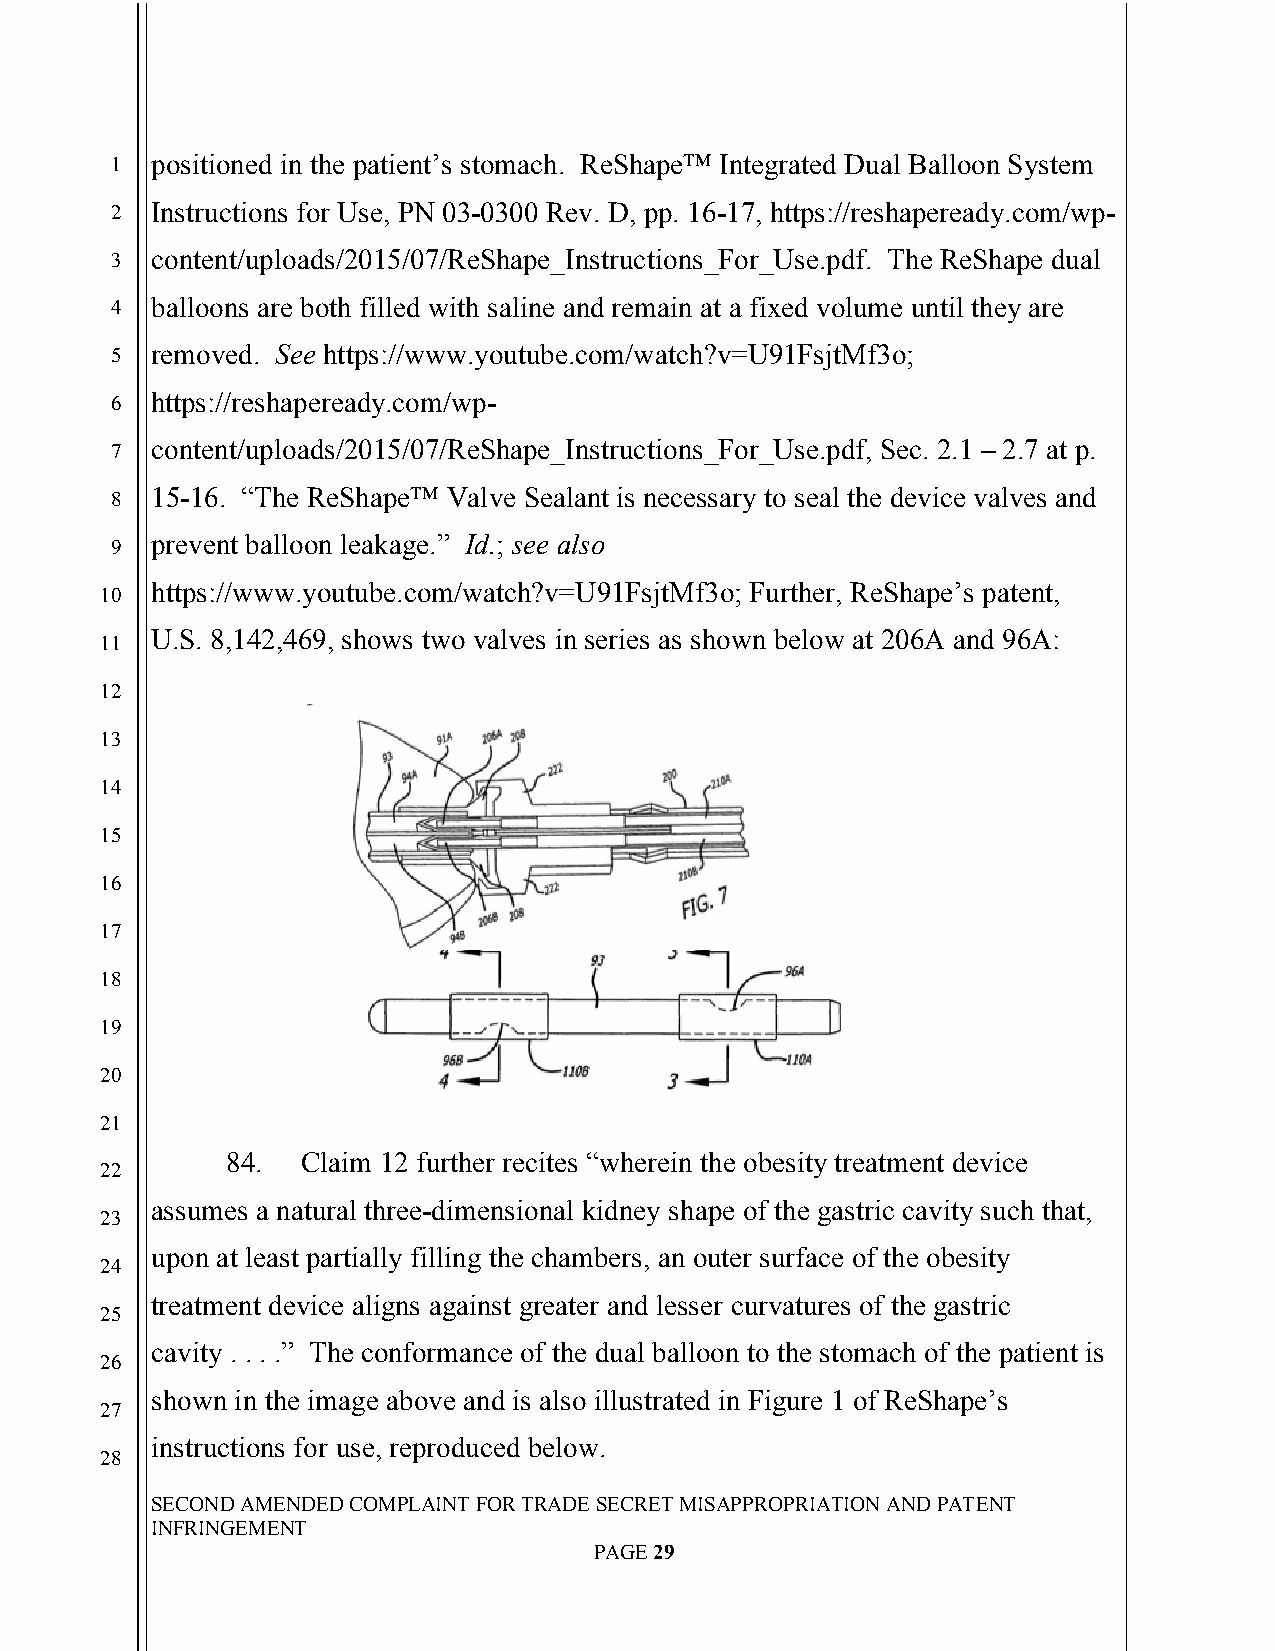
`
 1  positioned in the patient’s stomach. ReShape™ Integrated Dual Balloon System
 2  Instructions for Use, PN 03-0300 Rev. D, pp. 16-17, https://reshapeready.com/wp-
 3  content/uploads/2015/07/ReShape_Instructions_For_Use.pdf. The ReShape dual
 4  balloons are both filled with saline and remain at a fixed volume until they are
 5  removed. See https://www.youtube.com/watch?v=U91FsjtMf3o;
 6  https://reshapeready.com/wp-
 7  content/uploads/2015/07/ReShape_Instructions_For_Use.pdf, Sec. 2.1 – 2.7 at p.
 8  15-16. “The ReShape™ Valve Sealant is necessary to seal the device valves and
 prevent balloon leakage.” Id.; see also
 9
 https://www.youtube.com/watch?v=U91FsjtMf3o; Further, ReShape’s patent,
 10
 U.S. 8,142,469, shows two valves in series as shown below at 206A and 96A:
 11
 12
 13
 14
 15
 16
 17
 18
 19
 20
 21
 84.  Claim 12 further recites “wherein the obesity treatment device
 22
 assumes a natural three-dimensional kidney shape of the gastric cavity such that,
 23
 upon at least partially filling the chambers, an outer surface of the obesity
 24
 treatment device aligns against greater and lesser curvatures of the gastric
 25
 cavity . . . .” The conformance of the dual balloon to the stomach of the patient is
 26
 shown in the image above and is also illustrated in Figure 1 of ReShape’s
 27
 instructions for use, reproduced below.
 28
 SECOND AMENDED COMPLAINT FOR TRADE SECRET MISAPPROPRIATION AND PATENT
 INFRINGEMENT
 PAGE 29